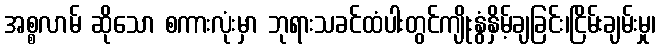
အစ္စလာမ် ဆိုသော စကားလုံးမှာ ဘုရားသခင်ထံပါးတွင်ကျိုးနွံနှိမ့်ချခြင်း၊ငြိမ်းချမ်းမှု၊